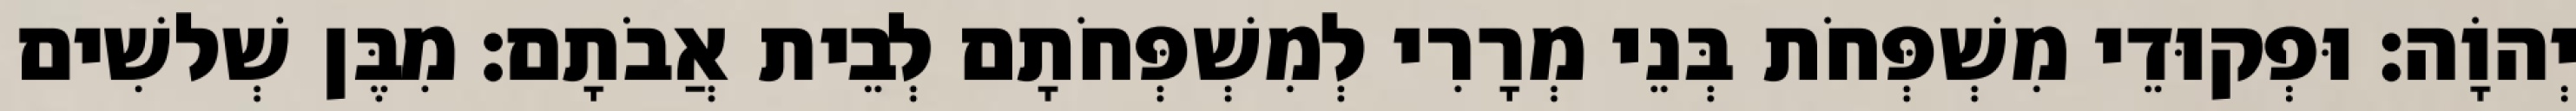
יְהוָֹה׃ וּפְקוּדֵי מִשְׁפְּחֹת בְּנֵי מְרָרִי לְמִשְׁפְּחֹתָם לְבֵית אֲבֹתָם׃ מִבֶּן שְׁלשִׁים